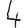
Digit: 4